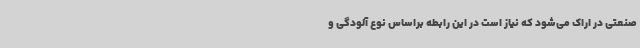
صنعتی در اراک می‌شود که نیاز است در این رابطه براساس نوع آلودگی و